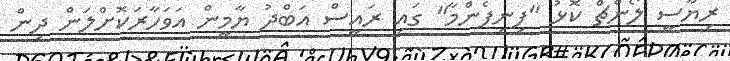
ރިޔާސީ ލޯންޗް ކޮޅު "ފިނިފެންމާ" ގައި ރައީސް އަބްދު ޔާމީން އަވަހާރަކޮށްލަން ދިން